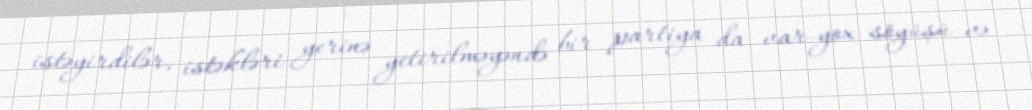
istəyirdilər, istəkləri yerinə yetirilməyəndə bir partiya da var-yox söyüşü və